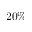
2 0 \%